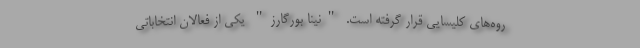
روه‌های کلیسایی قرار گرفته است. "نینا بورگارز" یکی از فعالان انتخاباتی